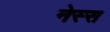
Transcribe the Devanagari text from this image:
नेस्स